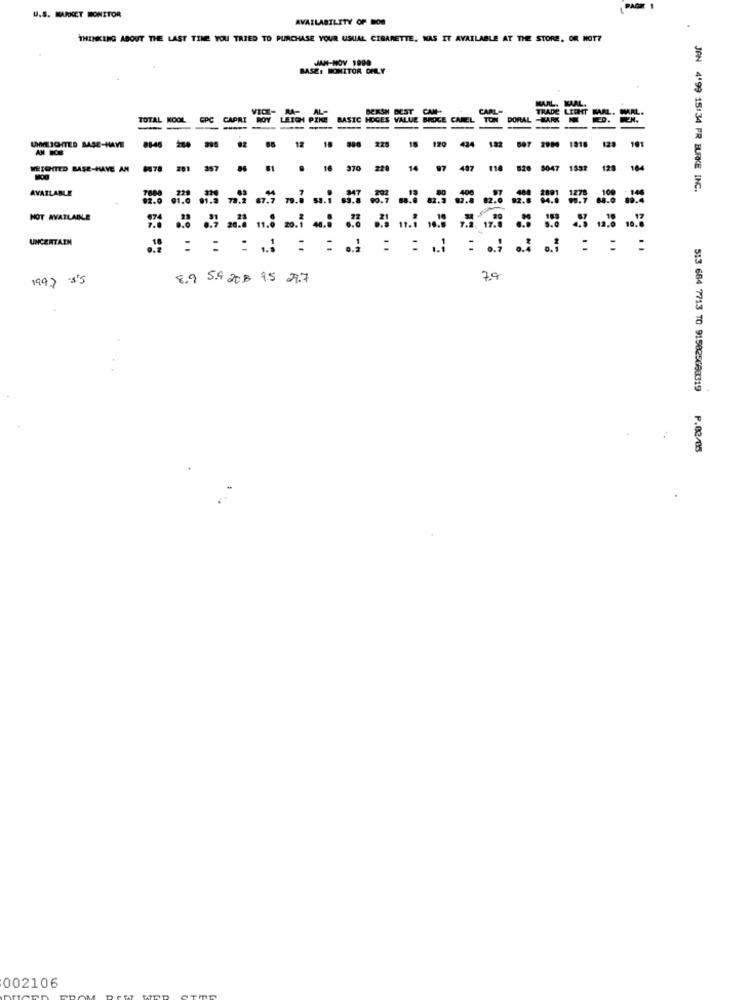
PAGEE
U.S. MARKET MONITOR
AVAILABILITY OF BON
THINKING ABOUT THE LAST TIME YOU TRIED TO PURCHASE YOUR USUAL CIBARETTE. WAS IT AVAILABLE AT THE STORE, OR NOT?
JAN-NOV 1990
BASE: MONITOR OFILY
WAAL
VICE- MA-
AL-
BEKSH DEST CAM-
CARL-
MARL
TOTAL NO
CPC CAPRI
BOY
LEICH PZKE
BASIC HOGES VALUE BROCE
CAREL
TON
DORAL
---
81-48
12
225
18
170
182
897 2984 1918
UMLICHTED BASE-HAVE
AM BOS
18
424
123
101
WETOUTED BASE-HAVE AN
8878
201
357 06 01 . 16
370
220
14
97
487
114
8047 1532 128
164
AVAILABLE
JAN 4'99 15:34 FR BURKE INC.
NOT AVAILABLE
UNCERTAIN
0.7
...
: : :
1997 35
8.9 5.9 20 8 95 29.7
79
5:3 684 7713 TO 915025698319 P.03/05
002106